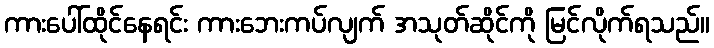
ကားပေါ်ထိုင်နေရင်း ကားဘေးကပ်လျက် အသုတ်ဆိုင်ကို မြင်လိုက်ရသည်။